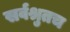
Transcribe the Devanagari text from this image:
सर्वश्रुतच